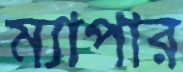
ম্যাপার